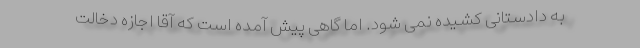
به دادستانی کشیده نمی شود. اما گاهی پیش آمده است که آقا اجازه دخالت